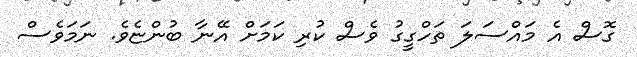
ގޮސް އެ މައްސަލަ ތަހްގީގު ވެސް ކުރި ކަމަށް އޭނާ ބުންޏެވެ. ނަމަވެސް